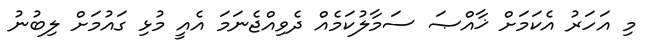
މި އަހަރު އެކަމަށް ޚާއްޞަ ސަމާލުކަމެއް ދެވިއްޖެނަމަ އެއީ މުޅި ގައުމަށް ލިބުނު